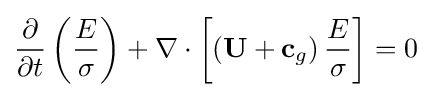
{\frac {\partial }{\partial t}}\left({\frac {E}{\sigma }}\right)+\nabla \cdot \left[\left(\mathbf {U} +\mathbf {c} _{g}\right){\frac {E}{\sigma }}\right]=0